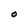
Character: O